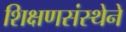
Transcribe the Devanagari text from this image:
शिक्षणसंस्थेने